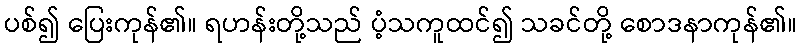
ပစ်၍ ပြေးကုန်၏။ ရဟန်းတို့သည် ပံ့သကူထင်၍ သခင်တို့ စောဒနာကုန်၏။